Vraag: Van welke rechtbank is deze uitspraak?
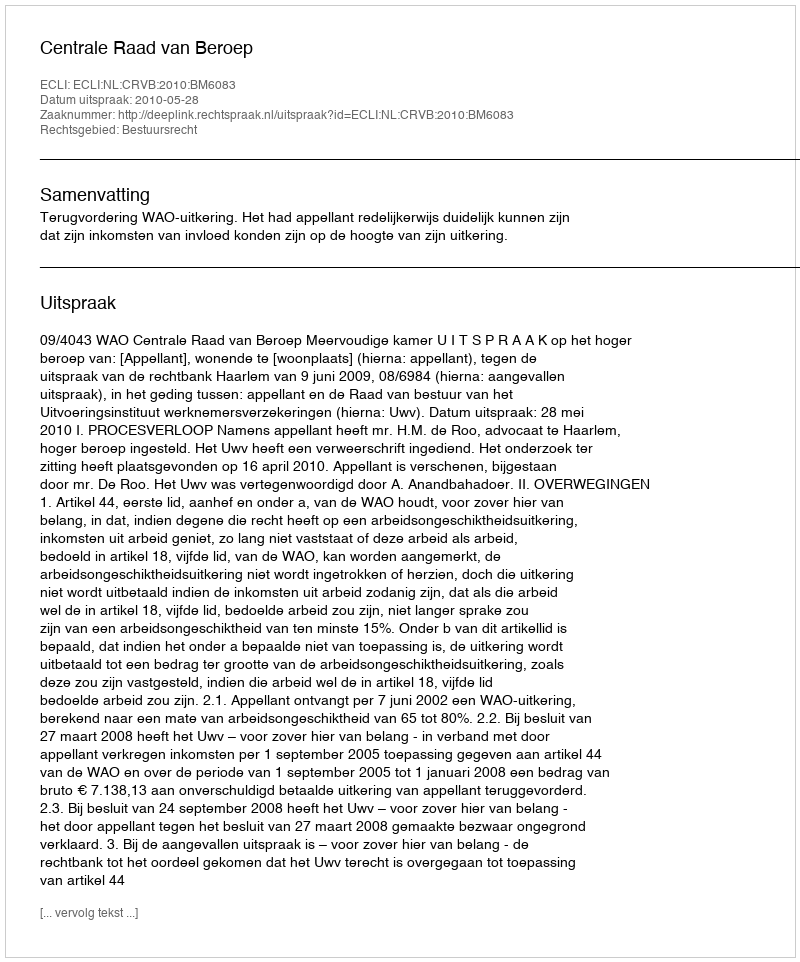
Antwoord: Centrale Raad van Beroep